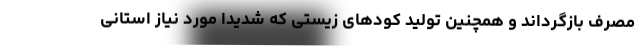
مصرف بازگرداند و همچنین تولید کودهای زیستی که شدیداً مورد نیاز استانی